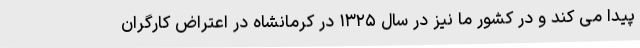
پیدا می کند و در کشور ما نیز در سال ۱۳۲۵ در کرمانشاه در اعتراض کارگران